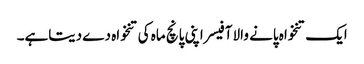
ایک تنخواہ پانے والا آفیسر اپنی پانچ ماہ کی تنخواہ دے دیتاہے۔